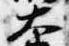
大